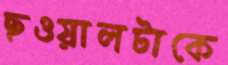
ছওয়ালটাকে